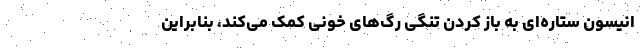
انیسون ستاره‌ای به باز کردن تنگی رگ‌های خونی کمک می‌کند، بنابراین